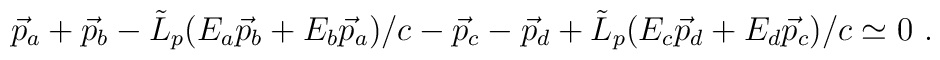
\vec{p}_a + \vec{p}_b - {\tilde L}_p (E_a \vec{p}_b + E_b \vec{p}_a)/c- \vec{p}_c -\vec{p}_d + {\tilde L}_p (E_c \vec{p}_d + E_d \vec{p}_c)/c\simeq 0~.